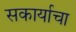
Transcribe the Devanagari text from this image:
सकार्याचा